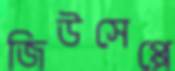
জিউসেপ্পে